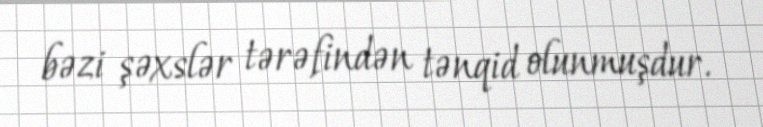
bəzi şəxslər tərəfindən tənqid olunmuşdur.